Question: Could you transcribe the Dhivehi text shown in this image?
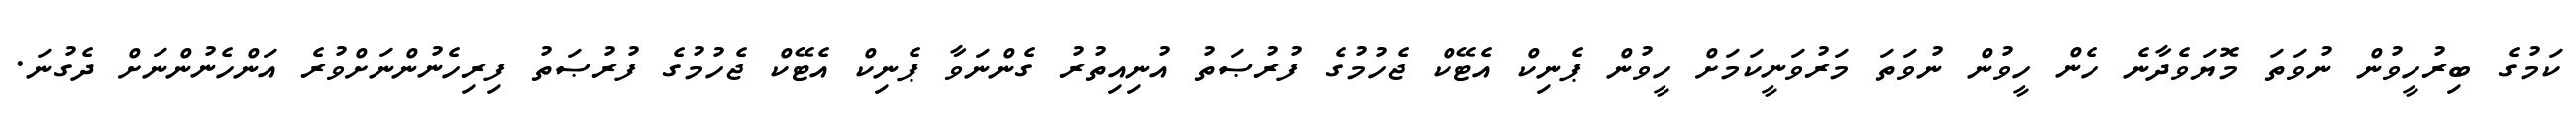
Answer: ކަމުގެ ބިރުހީވުން ނުވަތަ މޮޔަވެދާނެ ހެން ހީވުން ނުވަތަ މަރުވަނީކަމަށް ހީވުން ޕެނިކް އެޓޭކް ޖެހުމުގެ ފުރުޞަތު އުނިއިތުރު ގެންނަވާ ޕެނިކް އެޓޭކް ޖެހުމުގެ ފުރުޞަތު ފިރިހެނުންނަށްވުރެ އަންހެނުންނަށް ދެގުނަ.